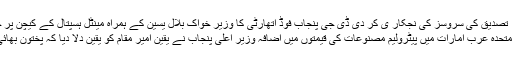
تصدیق کی سروسز کی نجکار ی کر دی ڈی جی پنجاب فوڈ اتھارٹی کا وزیر خواک بلال یٰسین کے ہمراہ مینٹل ہسپتال کے کیچن پر چھاپہ
دبئی:متحدہ عرب امارات میں پیٹرولیم مصنوعات کی قیمتوں میں اضافہ وزیر اعلیٰ پنجاب نے یقین امیر مقام کو یقین دلا دیا کہ پختون بھائی ہیں۔